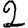
Digit: 2